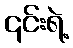
၎င်းရဲ့